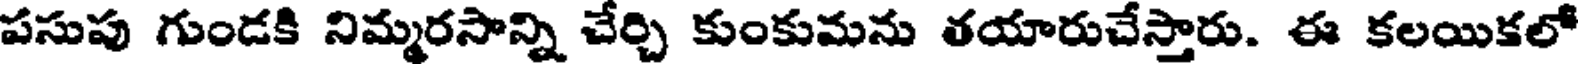
పసుపు గుండకి నిమ్మరసాన్ని చేర్చి కుంకుమను తయారుచేస్తారు. ఈ కలయికలో